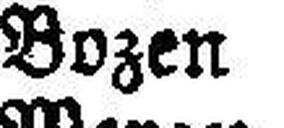
Bozen